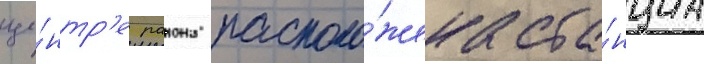
це́нтр'е раиона располо́жена ста́нциа